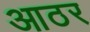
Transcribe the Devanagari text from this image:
आठर